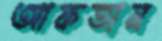
আফতান